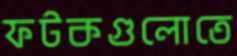
ফটকগুলোতে